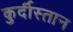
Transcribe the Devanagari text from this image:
कुर्दीस्तान